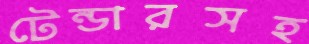
টেন্ডারসহ